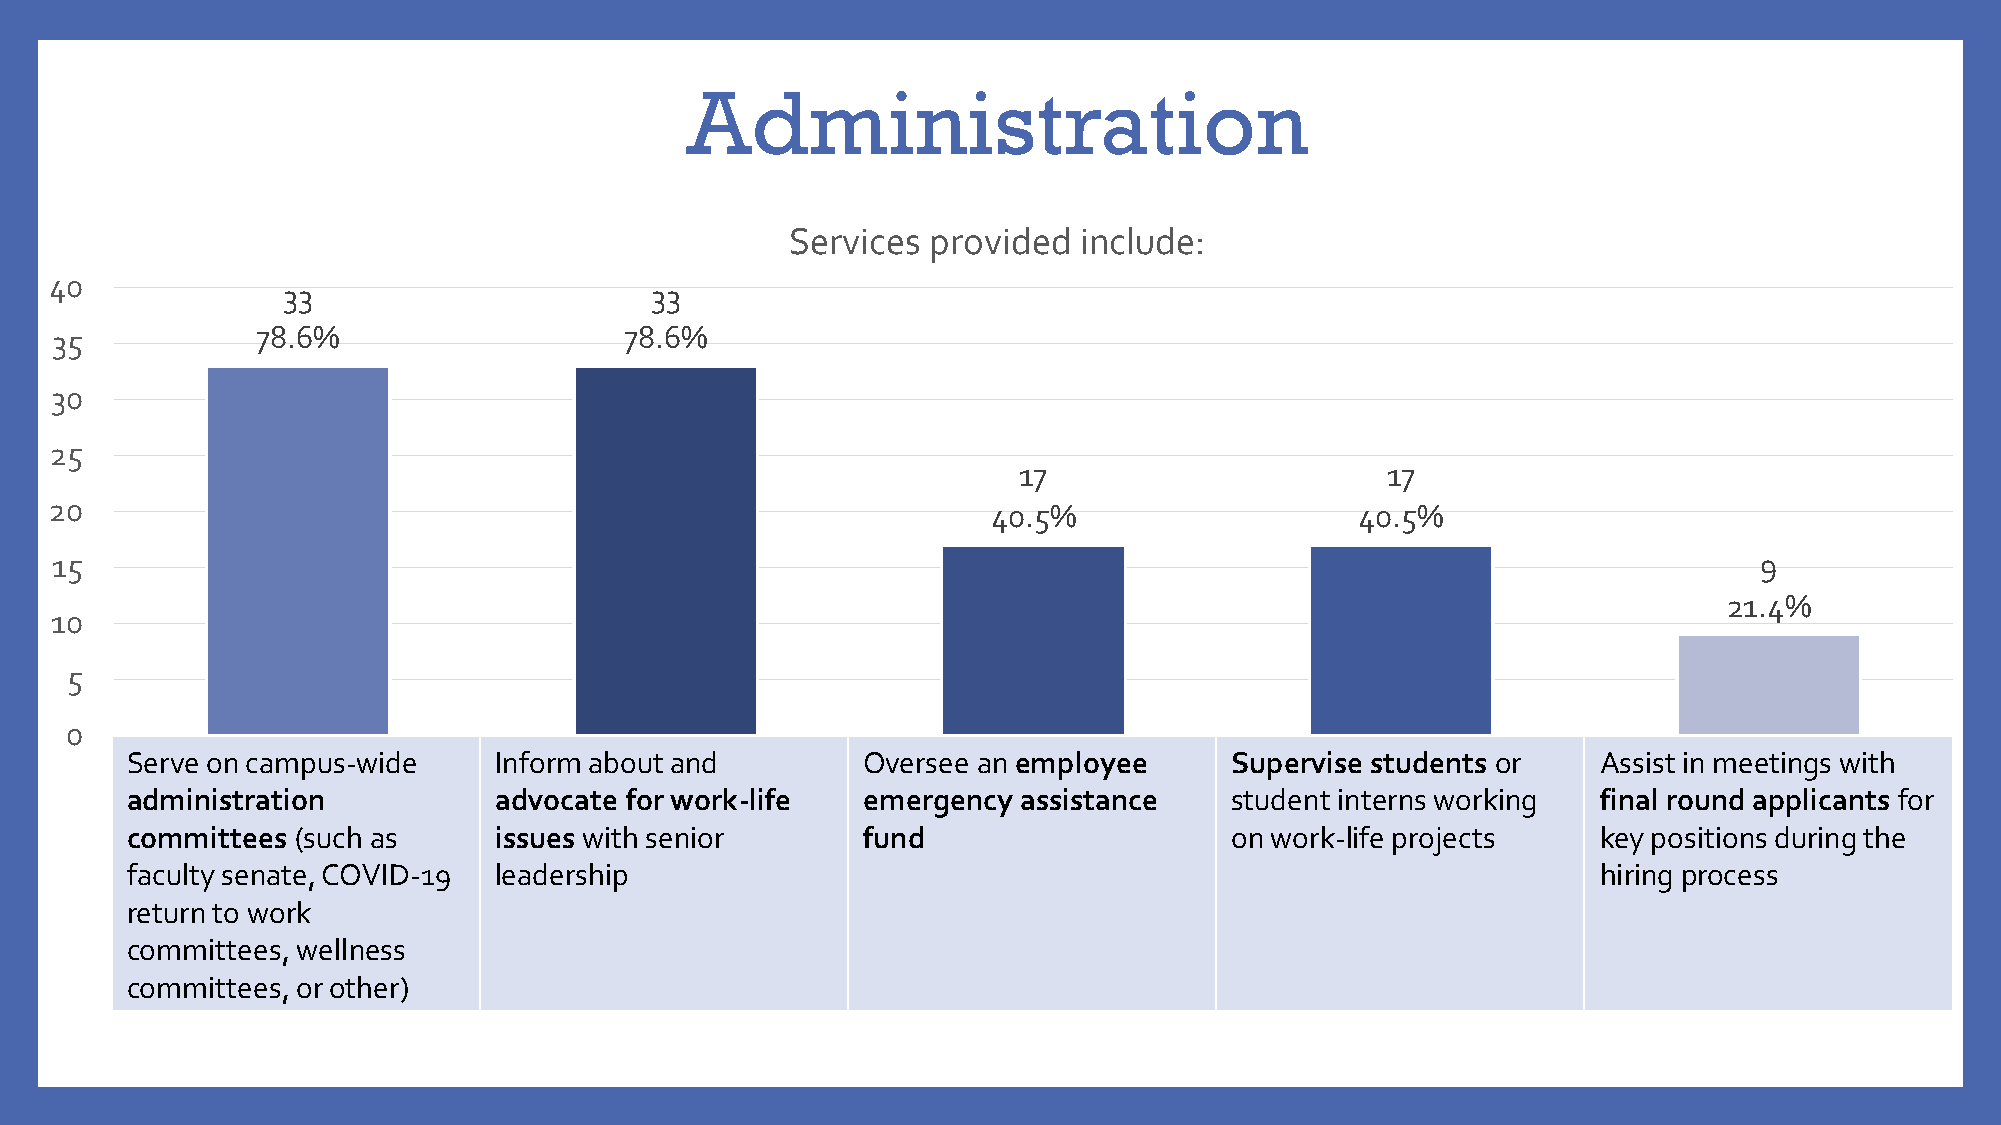
Administration
 Services  provided include:
 40
 33                      33
 35            78.6%                   78.6%
 30
 25
 17                       17
 20                                                             40.5%                   40.5%
 15                                                                                                               9
 21.4%
 10
 5
 0
 Serve on campus-wide     Inform about and        Oversee an employee     Supervise students or    Assist in meetings with
 administration           advocate for work-life  emergency  assistance   student interns working  final round applicants for
 committees  (such as     issues with senior      fund                    on work-life projects    key positions during the
 faculty senate, COVID-19 leadership                                                               hiring process
 return to work
 committees, wellness
 committees, or other)